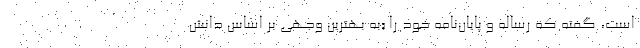
است، گفته که رساله و پایان‌نامه خود را «به بهترین وجهی بر اساس دانش